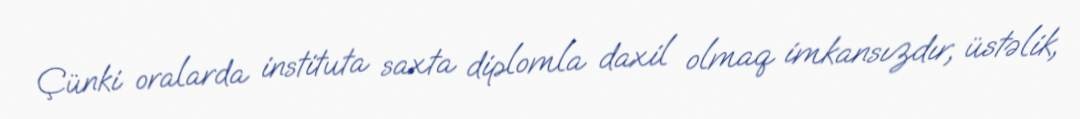
Çünki oralarda instituta saxta diplomla daxil olmaq imkansızdır, üstəlik,